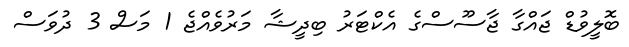
ބޮލީވުޑް ޖައްގާ ޖާސޫސްގެ އެކްޓަރު ބިދީޝާ މަރުވެއްޖެ 1 މަސް 3 ދުވަސް